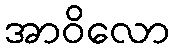
အာဝိလော